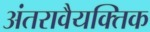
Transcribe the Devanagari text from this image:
अंतरावैयक्तिक